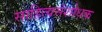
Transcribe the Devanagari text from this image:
साहित्यसंशोधक